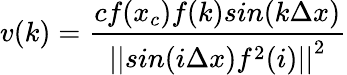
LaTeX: v(k)=\frac{cf(x_{c})f(k)sin(k\Delta x)}{{||sin(i\Delta x)f^{2}(i)||}^{2}}